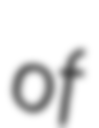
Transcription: of